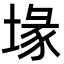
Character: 堟